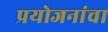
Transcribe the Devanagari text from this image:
प्रयोजनांचा